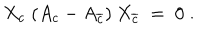
X _ { c } \; ( A _ { c } - A _ { \overline { { { c } } } } ) \: X _ { \overline { { { c } } } } \; = \; 0 \; .